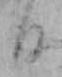
日